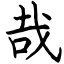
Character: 哉